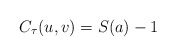
\begin{align*}C_{\tau}(u,v)=S(a)-1\end{align*}